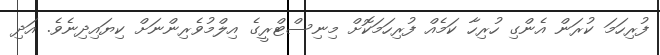
ފުރިހަމަ ކުރަން އެންގި ހުރިހާ ކަމެއް ފުރިހަމަކޮށް މިނިސްޓްރީގެ އިލްމުވެރިންނަށް ކިޔައިދިނެވެ. އަދި